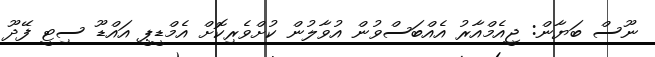
ނޫސް ބަޔާން: ޖީއެމްއާރު އެއްބަސްވުން އުވާލުން ކުށްވެރިކޮށް އެމްޑީޕީ އައްޑޫ ސިޓީ ފޭދޫ